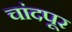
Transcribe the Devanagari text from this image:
चांदपूर